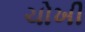
ચોખી